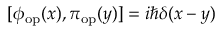
[ \phi _ { \mathrm { o p } } ( x ) , \pi _ { \mathrm { o p } } ( y ) ] = i \hbar \delta ( x - y )